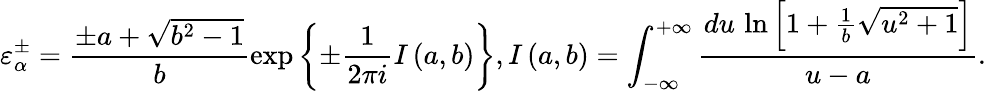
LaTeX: \varepsilon_{\alpha}^{\pm}=\frac{\pm a+\sqrt{{{b}^{2}}-1}}{b}\exp\left\{ \pm\frac{1}{2\pi i}I\left(a,b\right)\right\} ,I\left(a,b\right)=\int_{-\infty}^{+\infty}{\frac{du\, \ln\left[1+\frac{1}{b}\sqrt{{{u}^{2}}+1}\right]}{u-a}}.